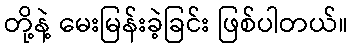
တို့နဲ့ မေးမြန်းခဲ့ခြင်း ဖြစ်ပါတယ်။